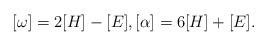
LaTeX: \begin{align*}[\omega] = 2[H]-[E], [\alpha] = 6[H]+[E].\end{align*}